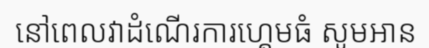
នៅពេលវាដំណើរការហ្គេមធំ សូមអាន